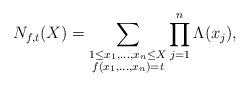
LaTeX: \begin{align*}N_{f,t}(X)=\sum_{\substack{1\le x_1,\ldots,x_n\le X \\ f(x_1,\ldots,x_n)=t}}\prod_{j=1}^n\Lambda(x_j),\end{align*}